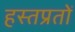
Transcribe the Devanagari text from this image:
हस्तप्रतों